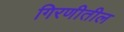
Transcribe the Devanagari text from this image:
गिरणीतील